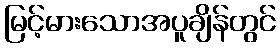
မြင့်မားသောအပူချိန်တွင်